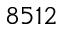
8 5 1 2